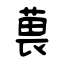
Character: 葨